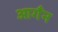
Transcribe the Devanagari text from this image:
आगँन